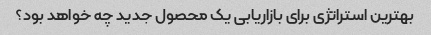
بهترین استراتژی برای بازاریابی یک محصول جدید چه خواهد بود؟